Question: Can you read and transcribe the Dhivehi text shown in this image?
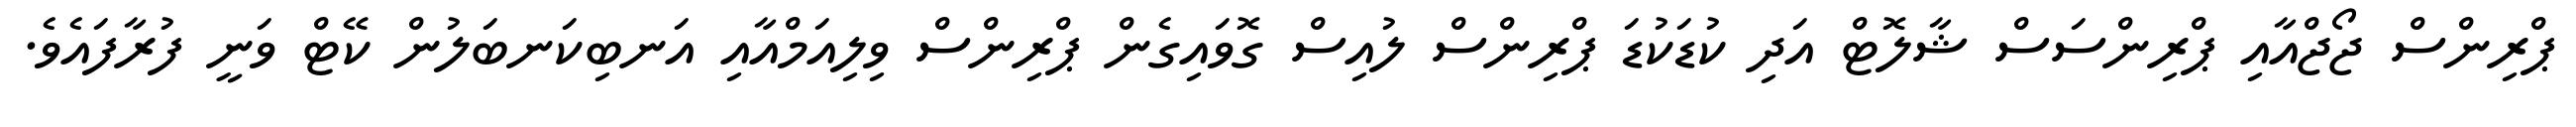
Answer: ޕްރިންސް ޖޯޖްއާއި ޕްރިންސަސް ޝާލޮޓް އަދި ކުޑަކުޑަ ޕްރިންސް ލުއިސް ގޮވައިގެން ޕްރިންސް ވިލިއަމްއާއި އަނބިކަނބަލުން ކޭޓް ވަނީ ފުރާފައެވެ.